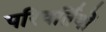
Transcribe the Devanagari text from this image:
परिवर्तियों